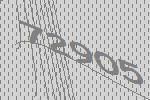
72905